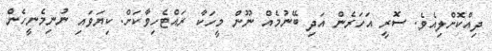
ދިއްކޮށްލިއެވެ. ސޮރީ އަހަރެން އަދި ބޭނުމެއް ނޫން މީހަކާ ރައްޓެހިވާކަށް. ކިޔަވައި ނުނިމެނީހެން